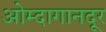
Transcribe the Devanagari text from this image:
ओम्दागानदूर